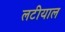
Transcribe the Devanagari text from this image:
लटीयाल